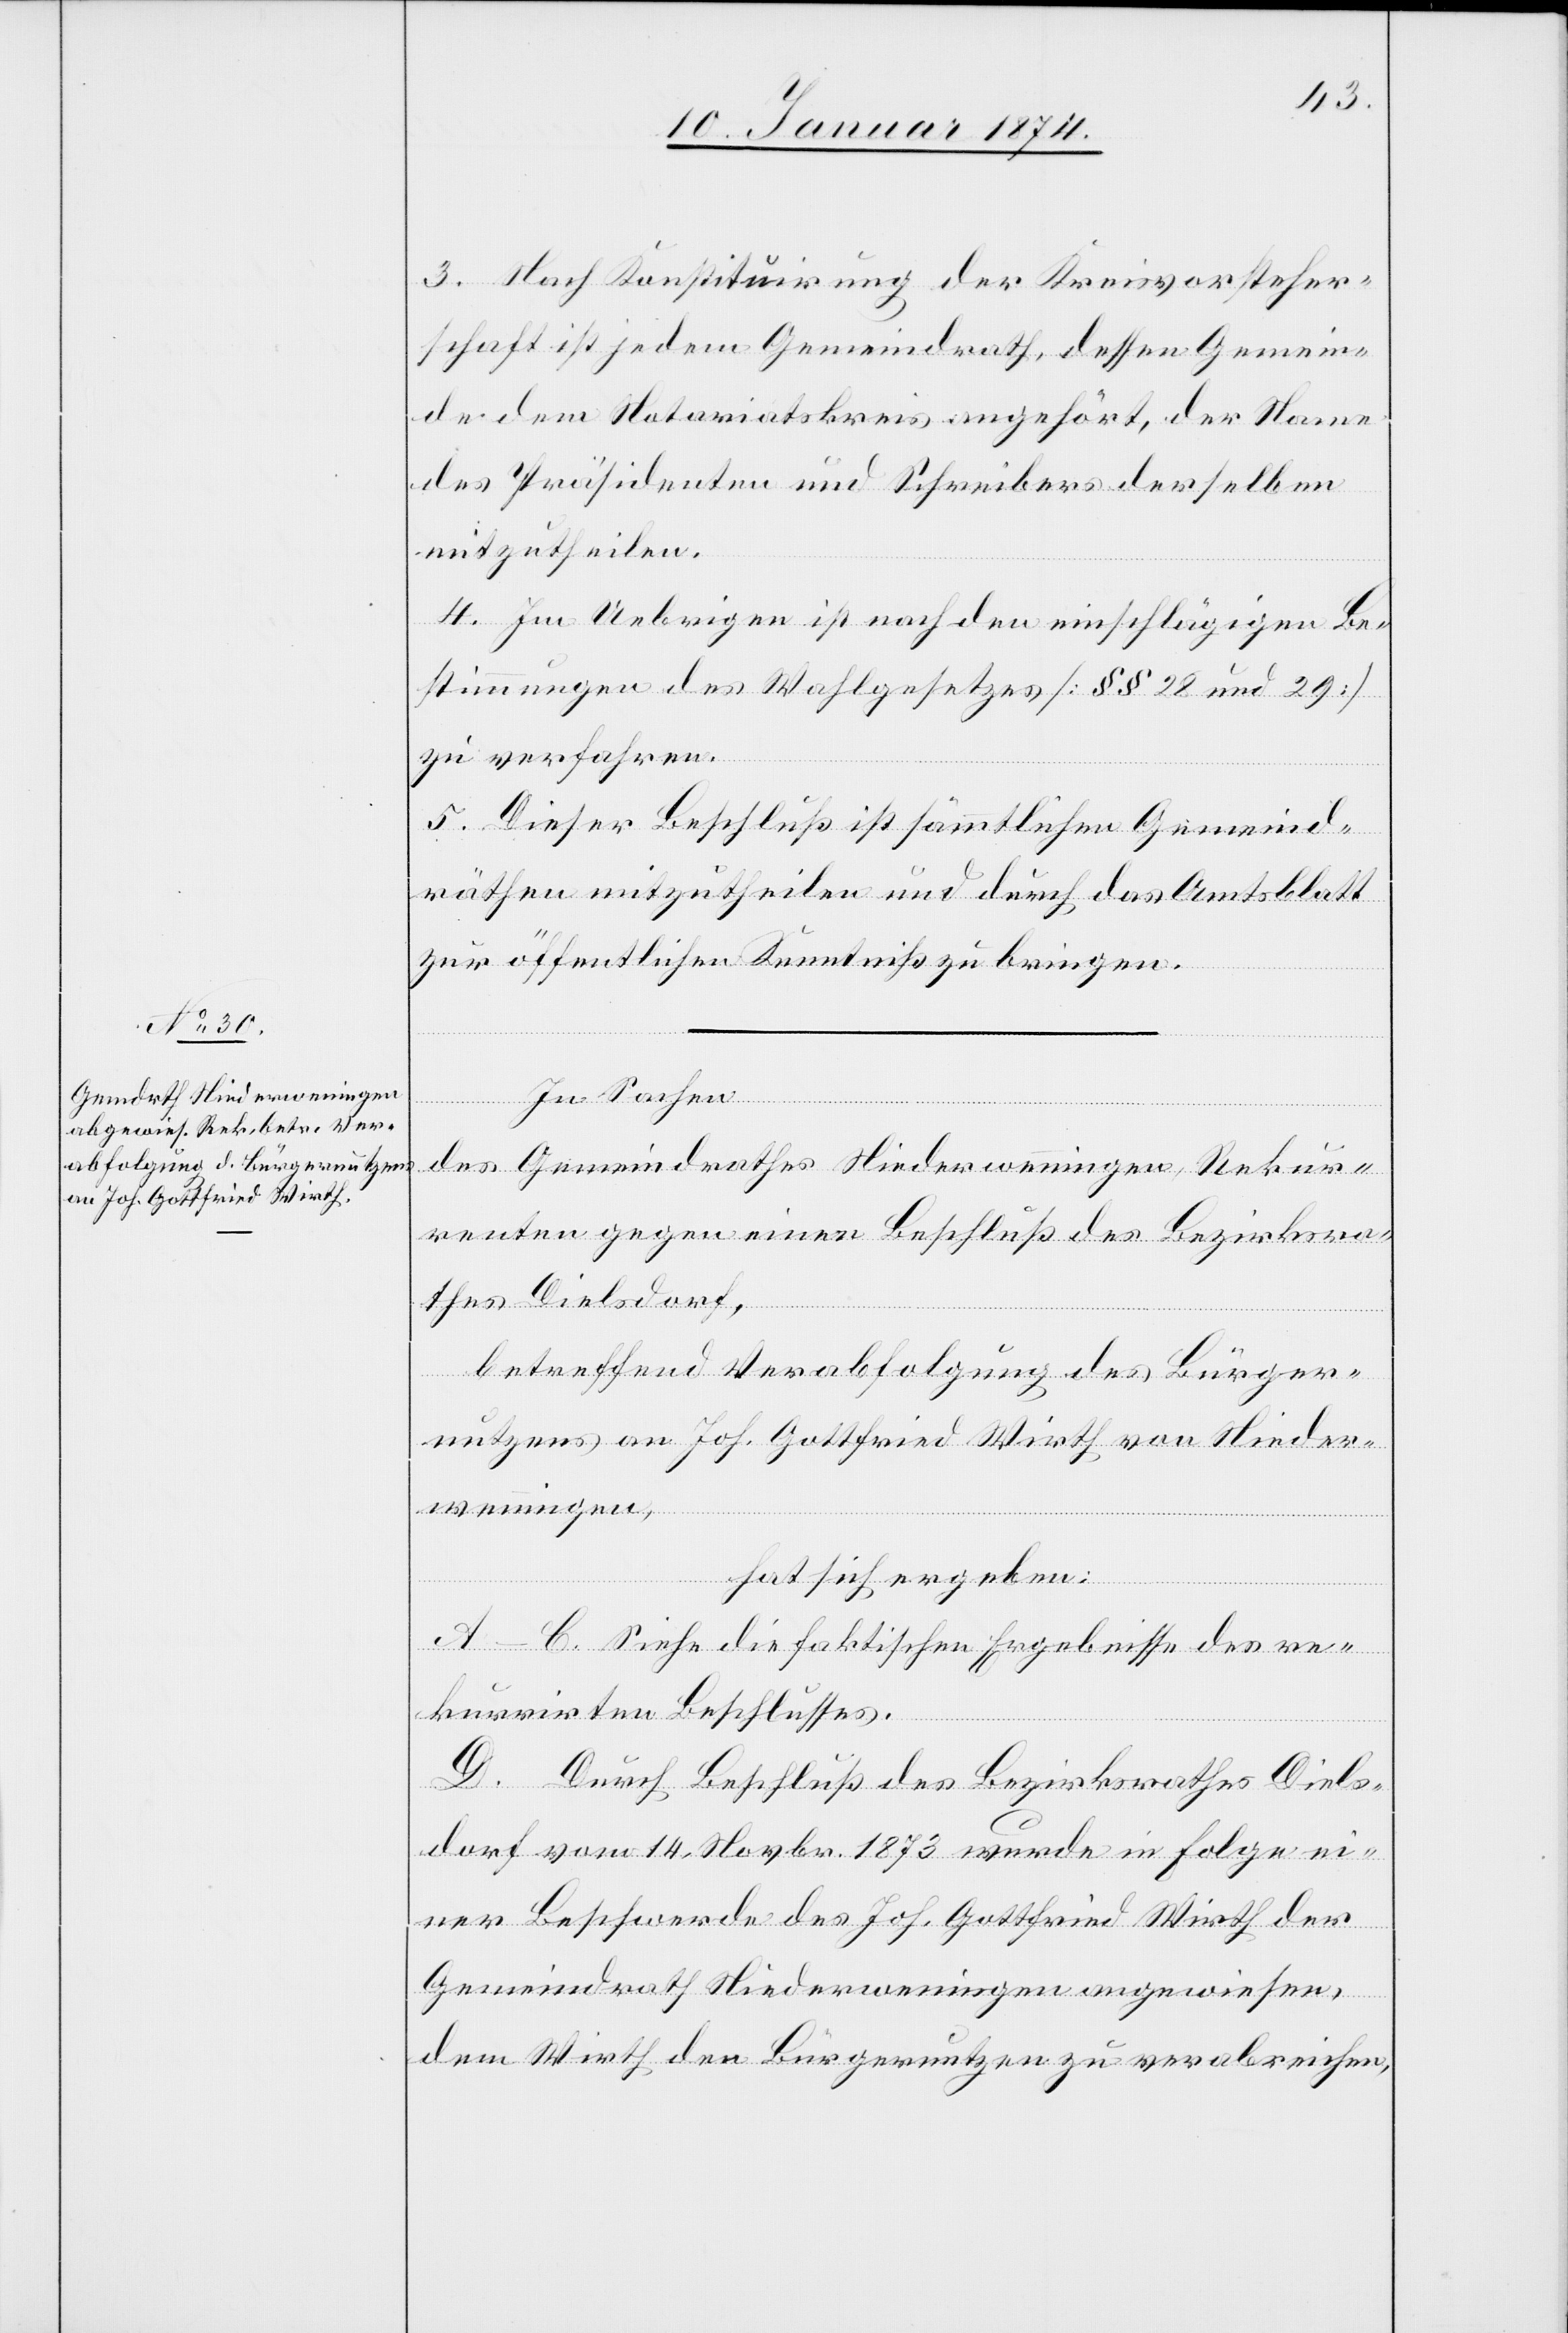
3. Nach Konstituirung der Kreisvorsteher¬
schaft ist jedem Gemeindrath, dessen Gemein¬
de dem Notariatskreis angehört, der Name
des Präsidenten und Schreibers desselben
mitzutheilen.
4. Im Uebrigen ist nach den einschlägigen Be¬
stimmungen des Wahlgesetzes [§§ 28 und 29 ]
zu verfahren.
5. Dieser Beschluß ist sämmtlichen Gemeind¬
räthen mitzutheilen und durch das Amtsblatt
zur öffentlichen Kenntniß zu bringen.
In Sachen
des Gemeindrathes Niederwenningen, Rekur¬
renten gegen einen Beschluß des Bezirksra¬
thes Dielsdorf,
betreffend Verabfolgung des Bürger¬
nutzens an Joh. Gottfried Wirth von Nieder¬
hat sich ergeben:
wenningen,
A–C. Siehe die faktischen Ergebnisse des re¬
kurrirten Beschlusses.
D. Durch Beschluß des Bezirksrathes Diels¬
dorf vom 14. Novbr. 1873 wurde in Folge ei¬
ner Beschwerde des Joh. Gottfried Wirth der
Gemeindrath Niederwenningen angewiesen,
dem Wirth den Bürgernutzen zu verabreichen,